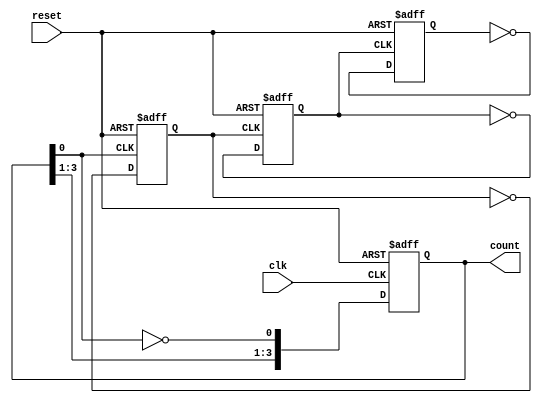
module async_ripple_counter(
    input wire clk,          // Clock input
    input wire reset,        // Asynchronous reset input
    output reg [n-1:0] count // Output count (n bits)
);

// Define the number of bits in the counter
parameter n = 4; // You can change this value based on your requirements

// Flip-flop behavior
always @(posedge clk or posedge reset) begin
    if (reset) begin
        count <= 0; // Reset the count to 0
    end
    else begin
        // T flip-flop behavior: Toggle on every clock pulse
        count[0] <= ~count[0]; // Toggle LSB
        // For subsequent bits, toggle on the negative edge of the previous bit
    end
end

// Generate T flip-flop functionality for each subsequent bit
genvar i;
generate
    for (i = 1; i < n; i = i + 1) begin : ripple_flip_flops
        always @(negedge count[i-1] or posedge reset) begin
            if (reset) begin
                count[i] <= 0; // Reset the count to 0
            end
            else begin
                count[i] <= ~count[i]; // Toggle flip-flop
            end
        end
    end
endgenerate

endmodule